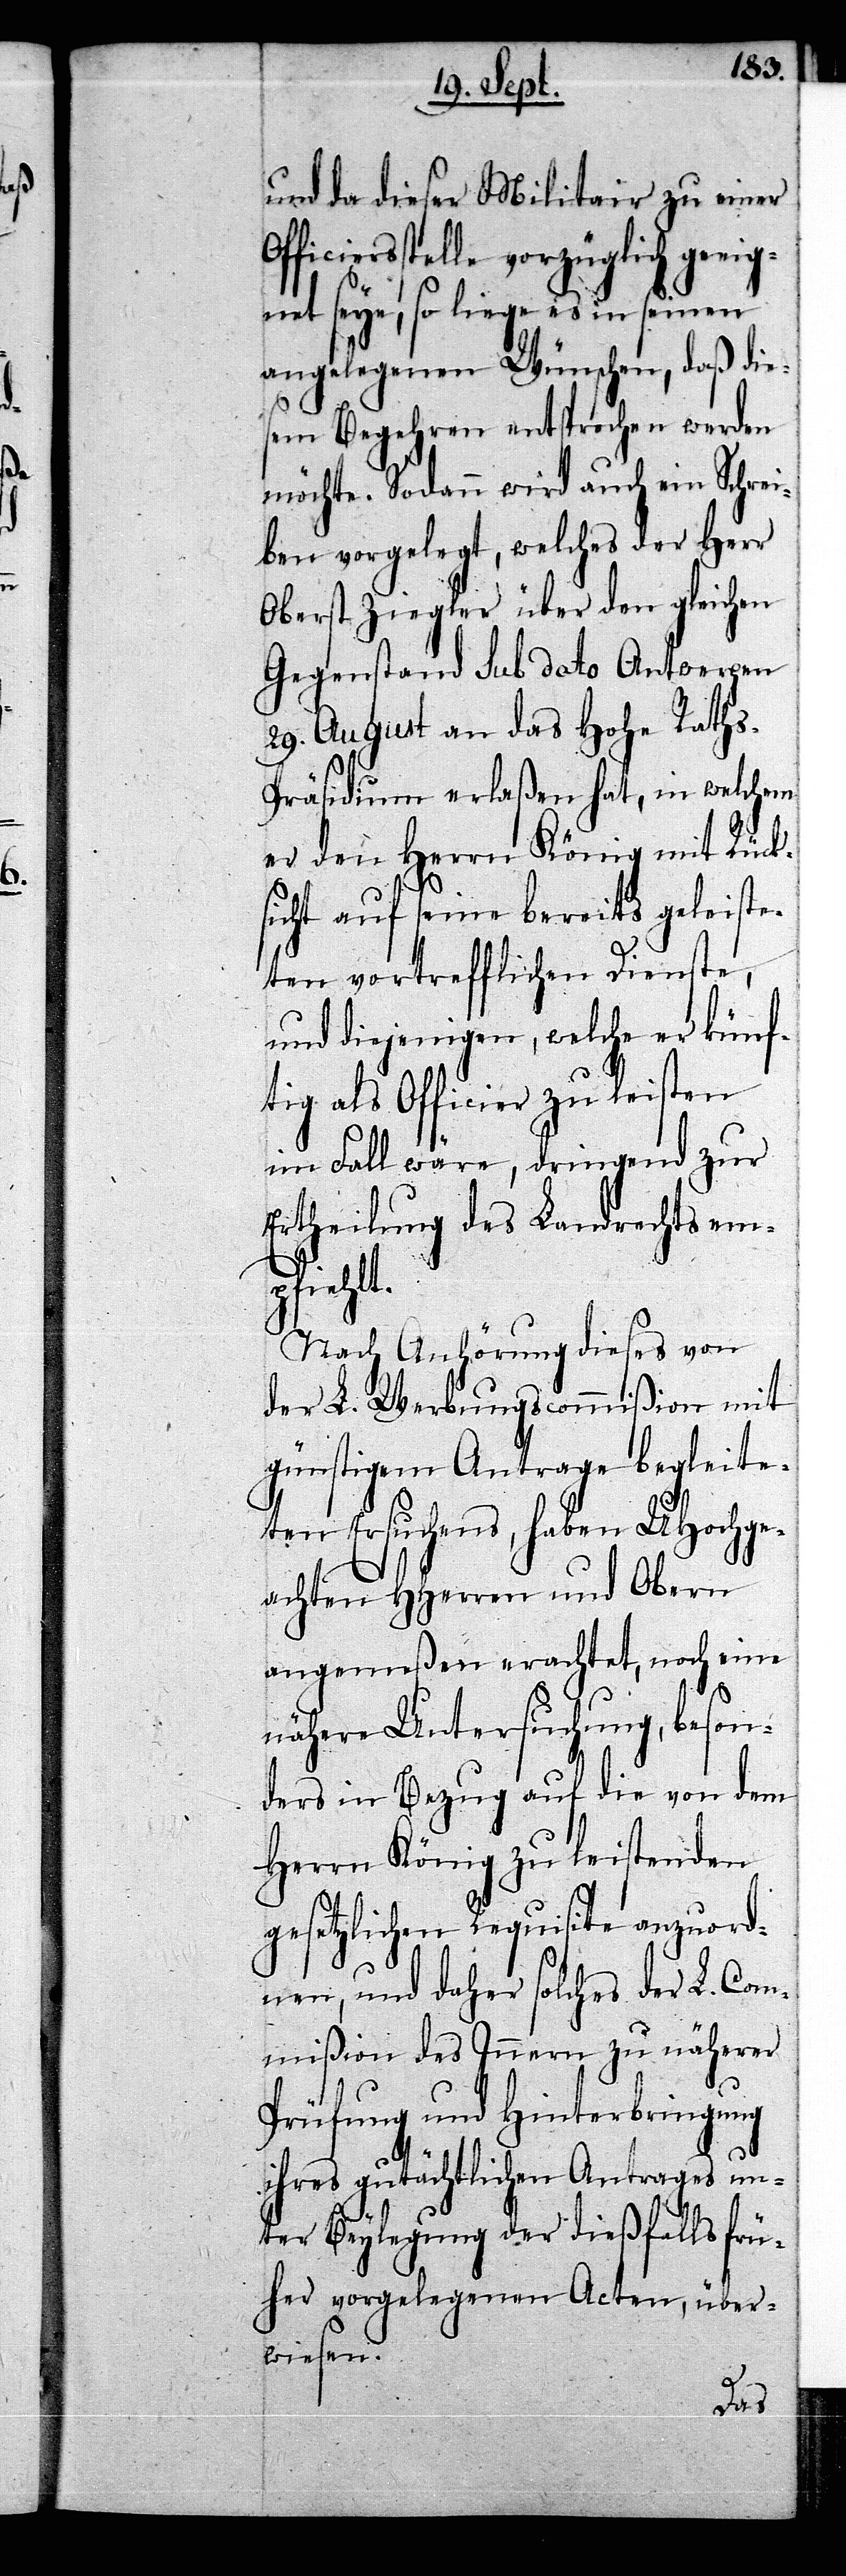
und da dieser Militair zu einer
ficiersstelle vorzüglich geei¬
gnet seye, so liege es in seinen
angelegenen Wünschen, daß die¬
sem Begehren entsprochen werden
möchte. Sodann wird auch ein Schrei¬
ben vorgelegt, welches der Herr
Oberst Ziegler über den gleichen
Gegenstand sub Dato Antwerpen
29. August an das Hohe Rath¬
s-Präsidium erlaßen hat, in welchem
er den Herrn König mit Rück¬
sicht auf seine bereits geleiste¬
ten vortrefflichen Dienste,
und diejenigen, welche er künf¬
tig als Officier zu leisten
im Fall wäre, dringend zur
Ertheilung des Landrechts em¬
pfiehlt.
Nach Anhörung dieses von
der L. Werbungscommißion mit
günstigem Antrage begleite¬
ten Ersuchens, haben UHochge¬
achten HHerren und Obern
angemeßen erachtet, noch eine
nähere Untersuchung, beson¬
ders in Bezug auf die von dem
Herrn König zu leistenden
gesetzlichen Requisite anzuord¬
nen, und daher solches der L. Com¬
mißion des Innern zu näherer
Prüfung und Hinterbringung
ihres gutächtlichen Antrages un¬
ter Beylegung der dießfalls frü¬
her vorgelegenen Acten, über¬
wiesen.